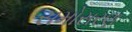
સમોસરણ